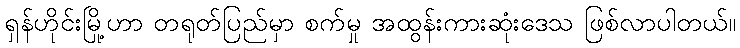
ရှန်ဟိုင်းမြို့ဟာ တရုတ်ပြည်မှာ စက်မှု အထွန်းကားဆုံးဒေသ ဖြစ်လာပါတယ်။